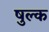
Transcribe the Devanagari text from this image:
षुल्क